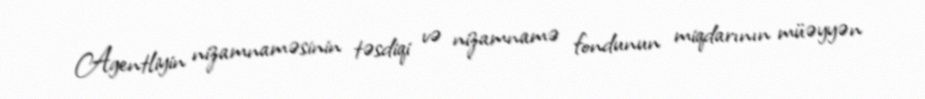
Agentliyin nizamnaməsinin təsdiqi və nizamnamə fondunun miqdarının müəyyən